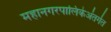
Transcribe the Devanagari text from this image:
महानगरपालिकेअंतर्गत